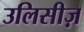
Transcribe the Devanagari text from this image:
उलिसीज़